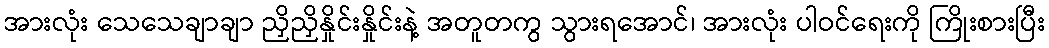
အားလုံး သေသေချာချာ ညှိညှိနှိုင်းနှိုင်းနဲ့ အတူတကွ သွားရအောင်၊ အားလုံး ပါဝင်ရေးကို ကြိုးစားပြီး